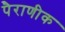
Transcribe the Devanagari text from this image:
पैराणीक